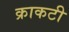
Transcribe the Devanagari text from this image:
क्राकटी